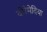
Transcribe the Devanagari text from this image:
दोरेमेदिया